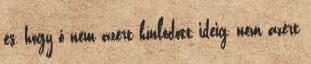
és, hogy ő nem azért kínlódott ideig, nem azért